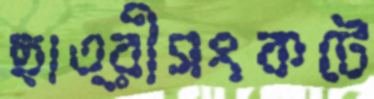
ছাত্রীসংকটে